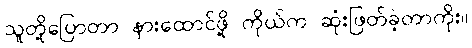
သူတို့ပြောတာ နားထောင်ဖို့ ကိုယ်က ဆုံးဖြတ်ခဲ့တာကိုး။